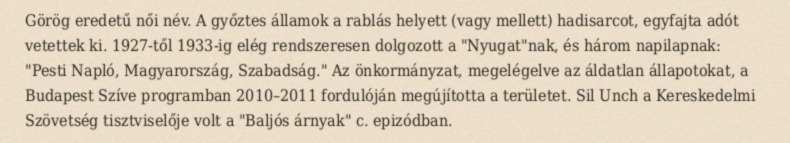
Görög eredetű női név. A győztes államok a rablás helyett (vagy mellett) hadisarcot, egyfajta adót vetettek ki. 1927-től 1933-ig elég rendszeresen dolgozott a "Nyugat"nak, és három napilapnak: "Pesti Napló, Magyarország, Szabadság." Az önkormányzat, megelégelve az áldatlan állapotokat, a Budapest Szíve programban 2010–2011 fordulóján megújította a területet. Sil Unch a Kereskedelmi Szövetség tisztviselője volt a "Baljós árnyak" c. epizódban.